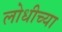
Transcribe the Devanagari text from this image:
लोधीच्या